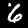
Digit: 6